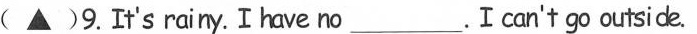
( ▲ )9.It's rainy.I have no___.Ican't go outside.